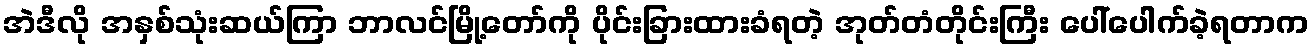
အဲဒီလို အနှစ်သုံးဆယ်ကြာ ဘာလင်မြို့တော်ကို ပိုင်းခြားထားခံရတဲ့ အုတ်တံတိုင်းကြီး ပေါ်ပေါက်ခဲ့ရတာက